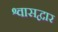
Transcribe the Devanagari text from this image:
श्वासद्वार